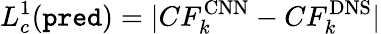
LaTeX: L_{c}^{1}(\texttt{pred})=\lvert CF_{k}^{\mathrm{CNN}}-CF_{k}^{\mathrm{DNS}}\rvert